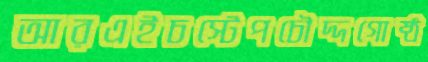
আরএইচস্টেপচৌদ্দগোষ্ঠ